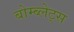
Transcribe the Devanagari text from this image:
बोम्ब्लेट्स